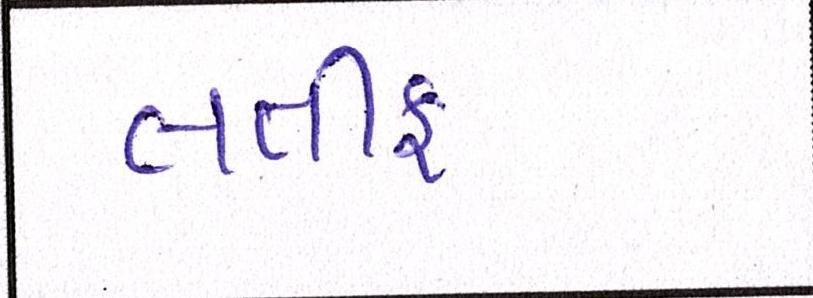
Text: લતીફ